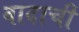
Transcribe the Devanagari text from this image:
वादाचीं